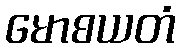
မောစယတံ